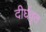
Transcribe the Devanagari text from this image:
दीर्घवृत